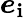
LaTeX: \boldsymbol{e}_{\mathbf{i}}